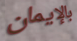
بالإيمان